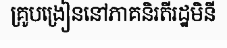
គ្រូបង្រៀននៅភាគនិរតីរដ្ឋមិនី